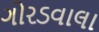
ગોરડવાલા